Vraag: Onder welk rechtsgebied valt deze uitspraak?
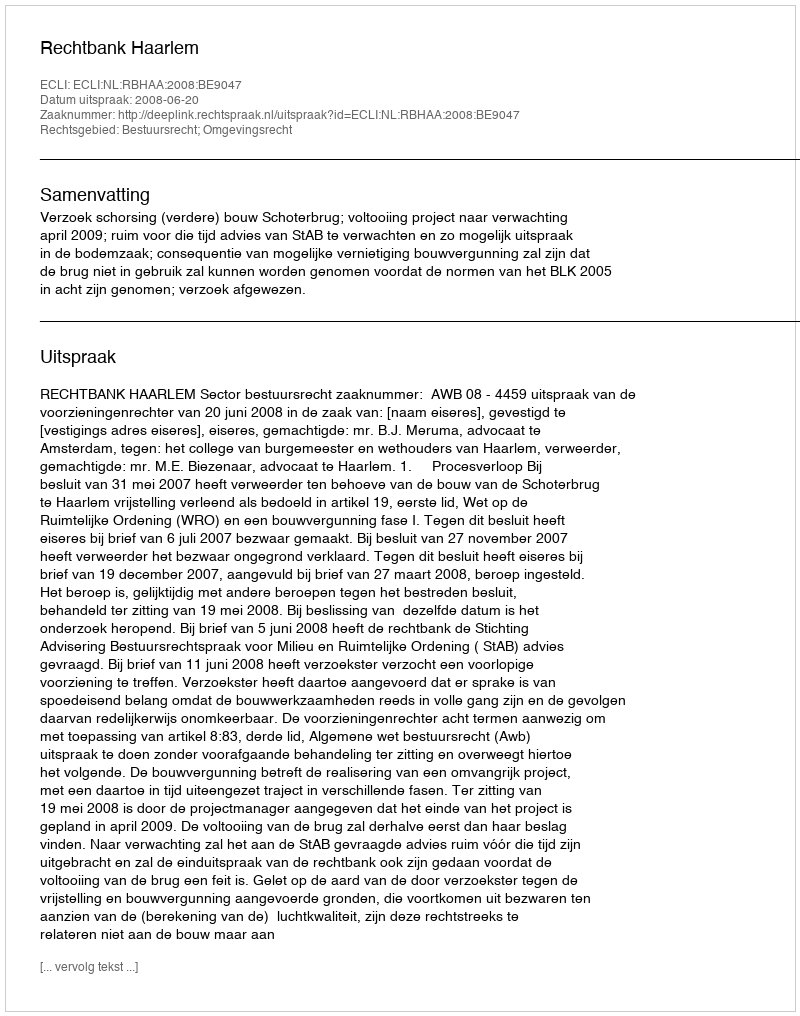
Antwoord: Bestuursrecht; Omgevingsrecht